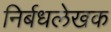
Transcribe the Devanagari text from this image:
निर्बधलेखक